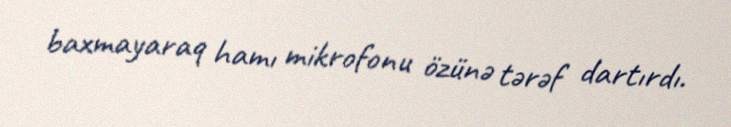
baxmayaraq hamı mikrofonu özünə tərəf dartırdı.